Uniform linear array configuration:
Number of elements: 8
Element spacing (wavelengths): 0.25
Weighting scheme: cosine
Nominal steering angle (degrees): -15
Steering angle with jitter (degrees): -13.735
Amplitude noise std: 0.05
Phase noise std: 0.05

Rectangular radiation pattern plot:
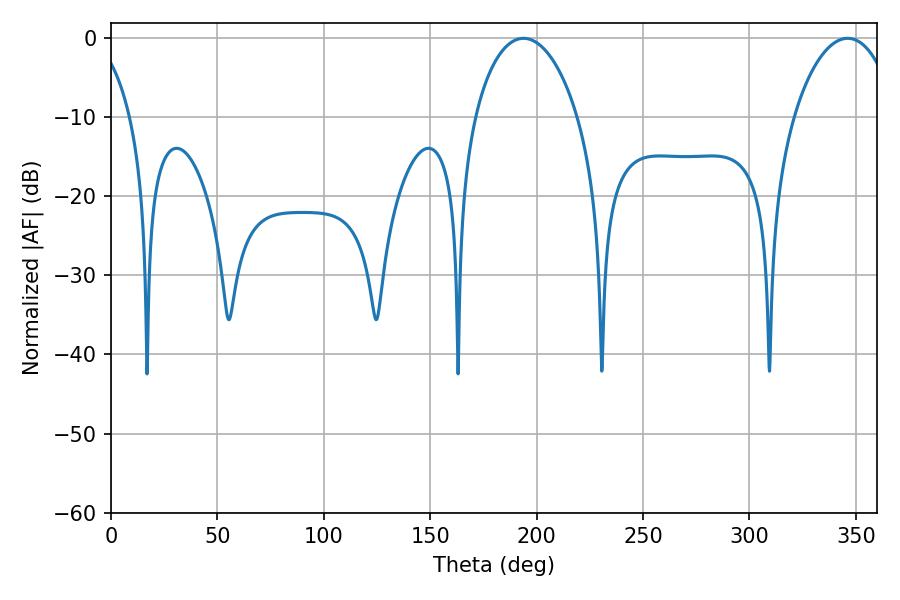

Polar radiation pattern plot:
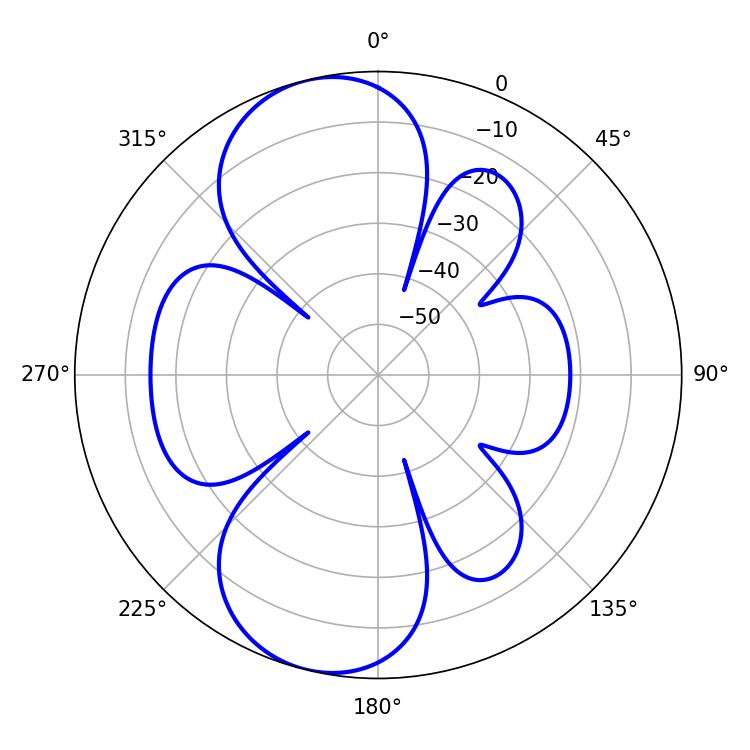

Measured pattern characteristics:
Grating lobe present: FALSE
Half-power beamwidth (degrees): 27.72
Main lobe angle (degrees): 193.86